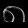
Digit: ၈